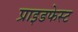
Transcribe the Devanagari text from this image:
प्राइडफेस्ट